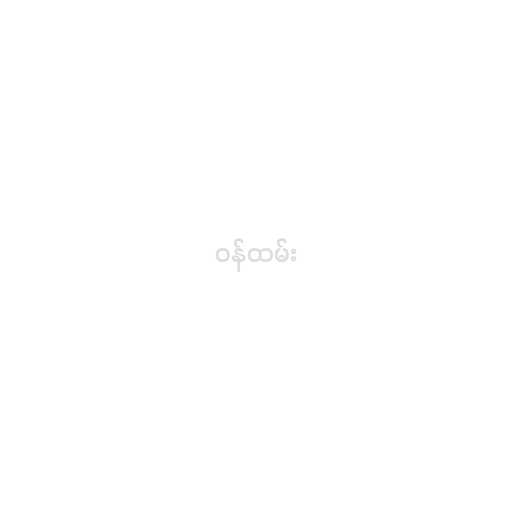
ဝန်ထမ်း